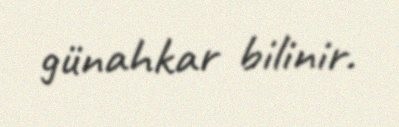
günahkar bilinir.